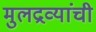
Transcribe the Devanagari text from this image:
मुलद्रव्यांची